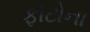
ફોટોના